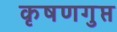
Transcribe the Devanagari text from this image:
कृषणगुप्त